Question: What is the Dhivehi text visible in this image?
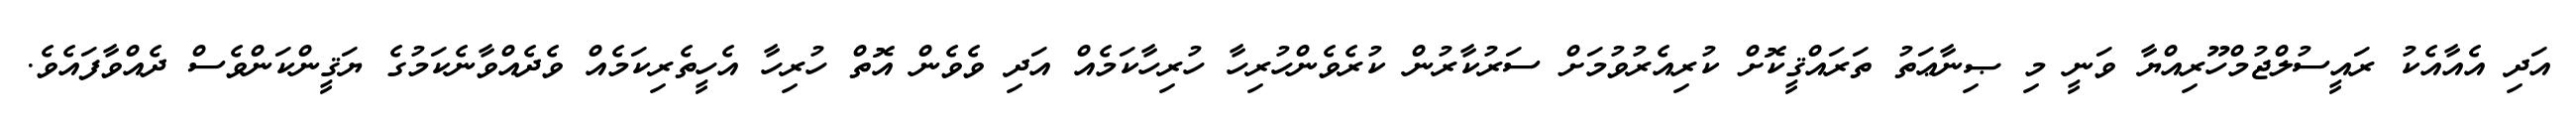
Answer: އަދި އެއާއެކު ރައީސުލްޖުމްހޫރިއްޔާ ވަނީ މި ޞިނާޢަތު ތަރައްޤީކޮށް ކުރިއެރުވުމަށް ސަރުކާރުން ކުރެވެންހުރިހާ ހުރިހާކަމެއް އަދި ވެވެން އޮތް ހުރިހާ އެހީތެރިކަމެއް ވެދެއްވާނެކަމުގެ ޔަޤީންކަންވެސް ދެއްވާފައެވެ.